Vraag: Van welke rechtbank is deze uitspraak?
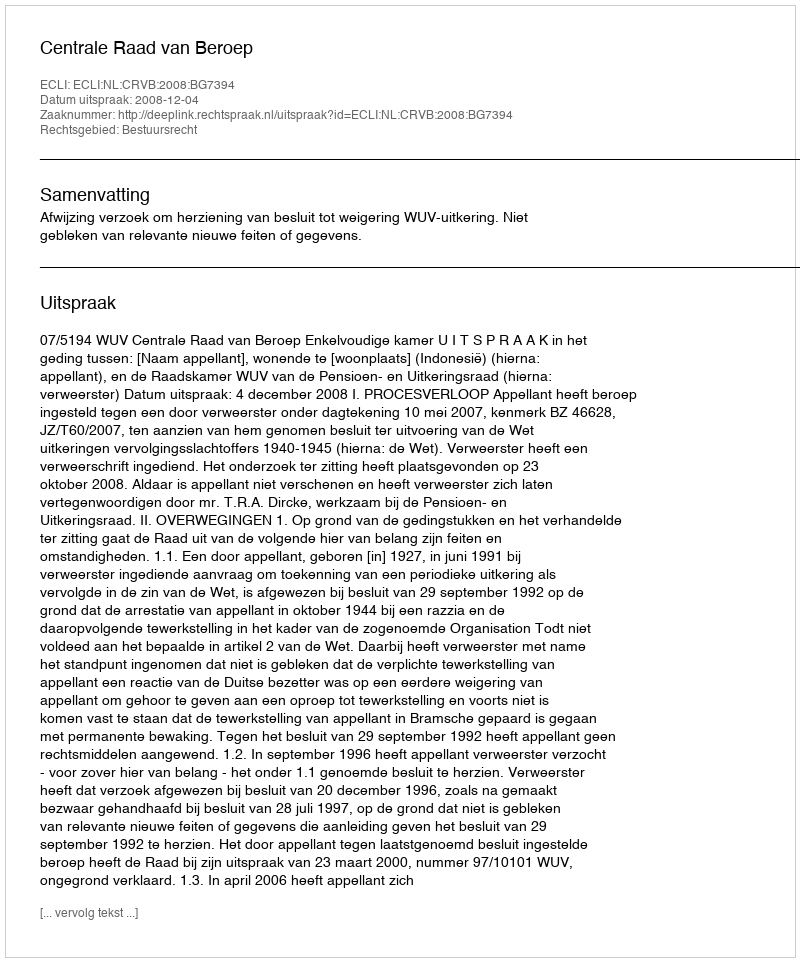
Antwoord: Centrale Raad van Beroep